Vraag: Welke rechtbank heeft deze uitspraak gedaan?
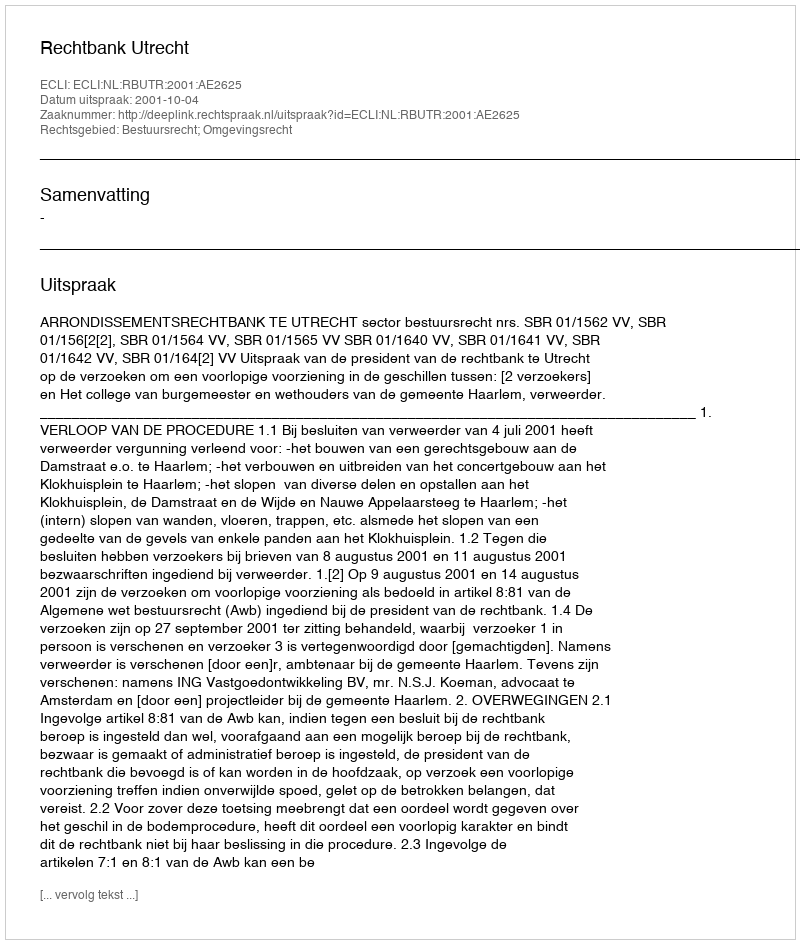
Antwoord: Rechtbank Utrecht